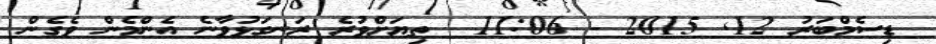
ޑިސެމްބަރު 12